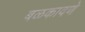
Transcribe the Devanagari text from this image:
बळकावणे